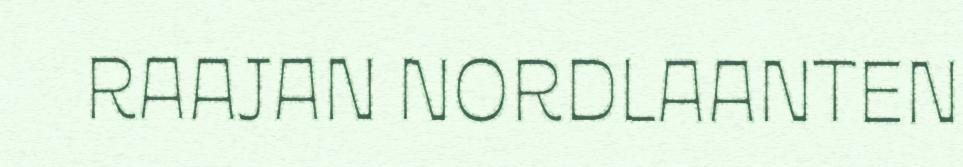
RAAJAN NORDLAANTEN